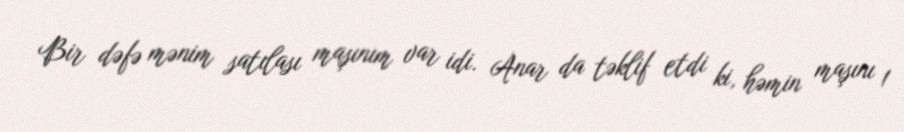
Bir dəfə mənim satılası maşınım var idi. Anar da təklif etdi ki, həmin maşını 1